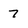
Character: 7